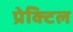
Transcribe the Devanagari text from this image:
प्रेक्टिल